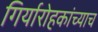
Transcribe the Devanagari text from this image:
गिर्यारोहकांच्याच